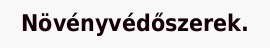
Növényvédőszerek.